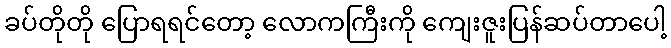
ခပ်တိုတို ပြောရရင်တော့ လောကကြီးကို ကျေးဇူးပြန်ဆပ်တာပေါ့